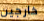
خارجين